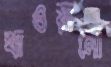
খাওয়ানো